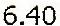
6.40